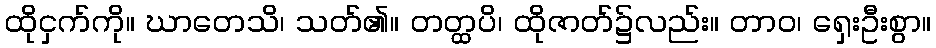
ထိုငှက်ကို။ ဃာတေသိ၊ သတ်၏။ တတ္ထပိ၊ ထိုဇာတ်၌လည်း။ တာဝ၊ ရှေးဦးစွာ။